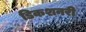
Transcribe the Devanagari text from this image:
डिकशनरी